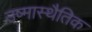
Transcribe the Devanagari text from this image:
उष्मास्थैतिक